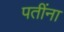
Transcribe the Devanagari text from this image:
पतींना